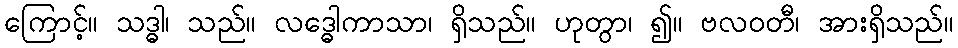
ကြောင့်။ သဒ္ဓါ၊ သည်။ လဒ္ဓေါကာသာ၊ ရှိသည်။ ဟုတွာ၊ ၍။ ဗလဝတီ၊ အားရှိသည်။